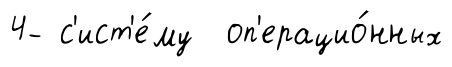
4- с'ист'е́му оп'ерацио́нных